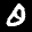
Label: 0